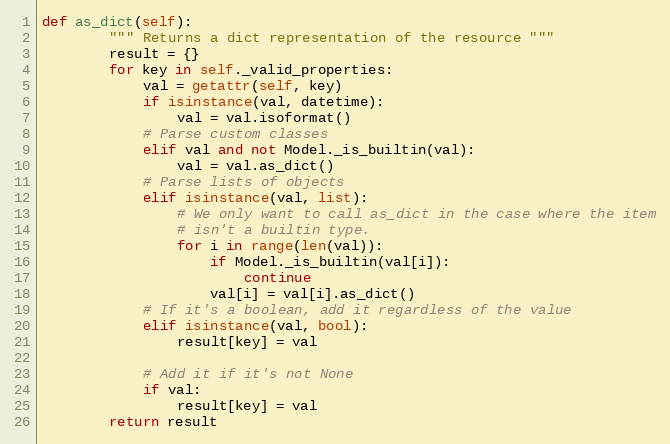
Language: Python
def as_dict(self):
        """ Returns a dict representation of the resource """
        result = {}
        for key in self._valid_properties:
            val = getattr(self, key)
            if isinstance(val, datetime):
                val = val.isoformat()
            # Parse custom classes
            elif val and not Model._is_builtin(val):
                val = val.as_dict()
            # Parse lists of objects
            elif isinstance(val, list):
                # We only want to call as_dict in the case where the item
                # isn't a builtin type.
                for i in range(len(val)):
                    if Model._is_builtin(val[i]):
                        continue
                    val[i] = val[i].as_dict()
            # If it's a boolean, add it regardless of the value
            elif isinstance(val, bool):
                result[key] = val

            # Add it if it's not None
            if val:
                result[key] = val
        return result